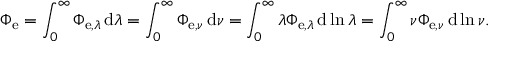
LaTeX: \Phi _ { \mathrm { e } } = \int _ { 0 } ^ { \infty } \Phi _ { \mathrm { e } , \lambda } \, \mathrm { d } \lambda = \int _ { 0 } ^ { \infty } \Phi _ { \mathrm { e } , \nu } \, \mathrm { d } \nu = \int _ { 0 } ^ { \infty } \lambda \Phi _ { \mathrm { e } , \lambda } \, \mathrm { d } \ln \lambda = \int _ { 0 } ^ { \infty } \nu \Phi _ { \mathrm { e } , \nu } \, \mathrm { d } \ln \nu .